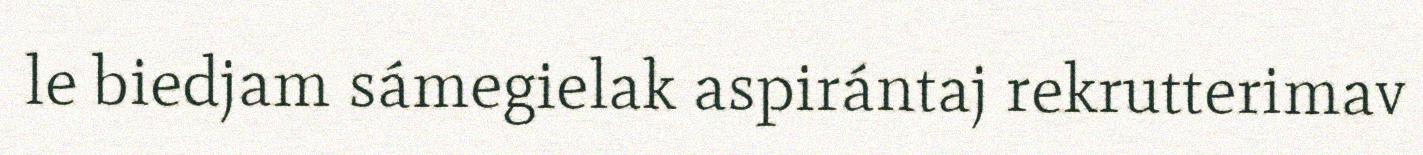
le biedjam sámegielak aspirántaj rekrutterimav